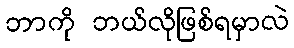
ဘာကို ဘယ်လိုဖြစ်ရမှာလဲ